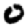
Digit: 0